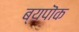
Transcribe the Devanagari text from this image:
ब्यपॊक